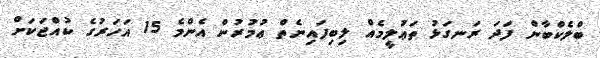
ބްލެކްބާން ފަދަ ރަނގަޅު ތަޢުލީމެއް ލިބިފައިނެތް ޢުމުރުން އެންމެ 15 އަހަރުގެ ކުއްޖަކަށް